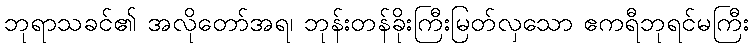
ဘုရာသခင်၏ အလိုတော်အရ၊ ဘုန်းတန်ခိုးကြီးမြတ်လှသော ဧကရီဘုရင်မကြီး